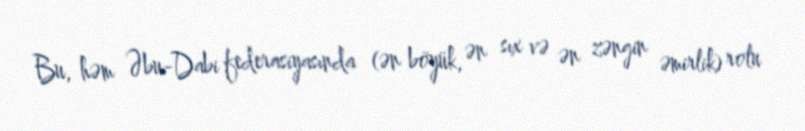
Bu, həm Əbu-Dabi federasiyasında (ən böyük, ən sıx və ən zəngin əmirlik) rolu